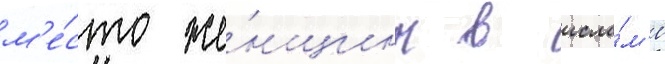
м'е́сто же́нщины в исла́м'е